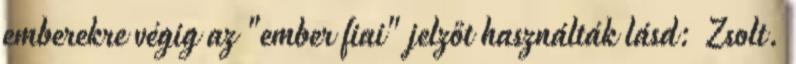
emberekre végig az "ember fiai" jelzőt használták lásd: Zsolt.